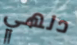
دلهي